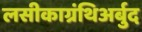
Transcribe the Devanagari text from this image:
लसीकाग्रंथिअर्बुद